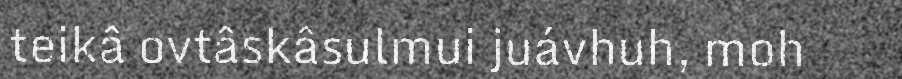
teikâ ovtâskâsulmui juávhuh, moh